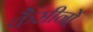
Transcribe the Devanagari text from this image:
कैसीनों